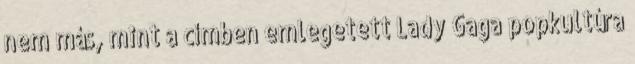
nem más, mint a címben emlegetett Lady Gaga popkultúra